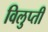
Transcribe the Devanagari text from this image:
विलुप्ती